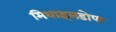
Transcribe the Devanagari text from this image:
मिथाइलडोपा